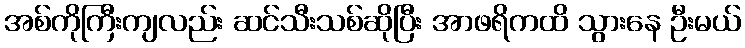
အစ်ကိုကြီးကျလည်း ဆင်သီးသစ်ဆိုပြီး အာဖရိကထိ သွားနေ ဦးမယ်